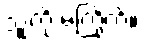
သူ့ကို မကြိုက်။